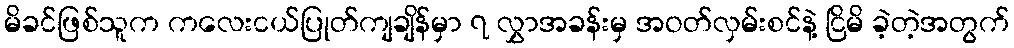
မိခင်ဖြစ်သူက ကလေးငယ်ပြုတ်ကျချိန်မှာ ၇ လွှာအခန်းမှ အဝတ်လှမ်းစင်နဲ့ ငြိမိ ခဲ့တဲ့အတွက်